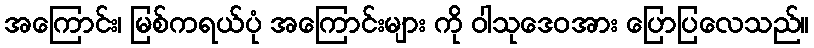
အကြောင်း၊ မြစ်ကရယ်ပုံ အကြောင်းများ ကို ဝါသုဒေဝအား ပြောပြလေသည်။